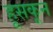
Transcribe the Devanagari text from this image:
हूसकून